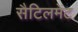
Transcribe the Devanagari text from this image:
सैटिलमेंट